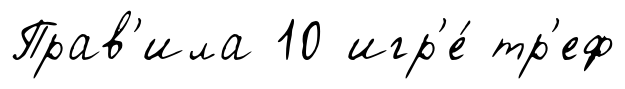
Прав'ила 10 игр'е́ тр'еф